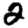
Digit: 2